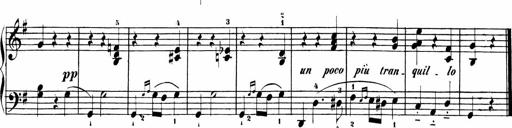
Title: Sonatinas
Composer: Andrew Violette